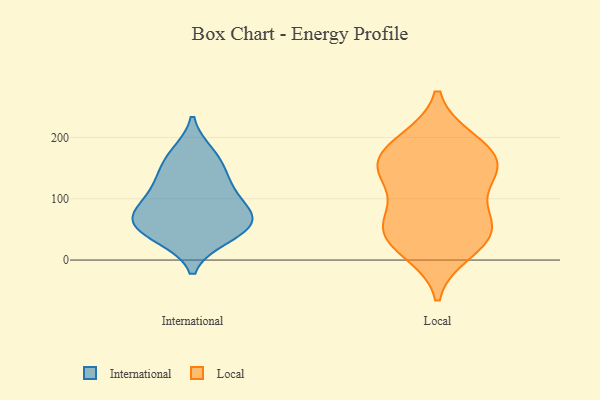
{"axis": {"x": "Shipments", "y": "Value"}, "legend": ["International", "Local"], "data": [{"x": "", "y": 75, "type": "International"}, {"x": "", "y": 65, "type": "International"}, {"x": "", "y": 60, "type": "International"}, {"x": "", "y": 157, "type": "International"}, {"x": "", "y": 82, "type": "International"}, {"x": "", "y": 121, "type": "International"}, {"x": "", "y": 173, "type": "International"}, {"x": "", "y": 117, "type": "International"}, {"x": "", "y": 45, "type": "International"}, {"x": "", "y": 38, "type": "International"}, {"x": "", "y": 30, "type": "Local"}, {"x": "", "y": 191, "type": "Local"}, {"x": "", "y": 56, "type": "Local"}, {"x": "", "y": 156, "type": "Local"}, {"x": "", "y": 41, "type": "Local"}, {"x": "", "y": 130, "type": "Local"}, {"x": "", "y": 64, "type": "Local"}, {"x": "", "y": 147, "type": "Local"}, {"x": "", "y": 15, "type": "Local"}, {"x": "", "y": 145, "type": "Local"}, {"x": "", "y": 165, "type": "Local"}, {"x": "", "y": 194, "type": "Local"}, {"x": "", "y": 67, "type": "Local"}]}